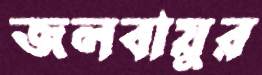
জলবায়ুর